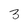
Character: 3